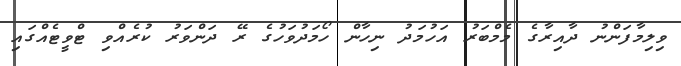
ވިލިމާފަންނު ދާއިރާގެ މެމްބަރު އަހުމަދު ނިހާން ހޯމަދުވަހުގެ ރޭ ދަންވަރު ކުރެއްވި ޓްވީޓެއްގައި